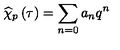
\widehat { \chi } _ { p } \left( \tau \right) = \sum _ { n = 0 } a _ { n } q ^ { n }